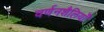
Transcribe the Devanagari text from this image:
वर्णनशैलियाँ